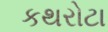
કથરોટા